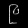
Digit: ၉